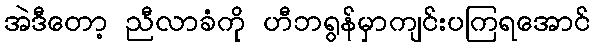
အဲဒီတော့ ညီလာခံကို ဟီဘရွန်မှာကျင်းပကြရအောင်